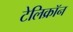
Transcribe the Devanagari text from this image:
टेलिक्रॉन